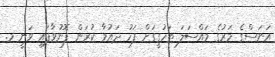
އަނަސްގެ މަރުގެ މައްސަލަ ތަހުގީގަށް ފަހު ދައުވާ ކުރަން ފޮނުވާފައި ވަނީ މ.